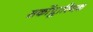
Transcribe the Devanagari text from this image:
सर्कोप्लास्मिक